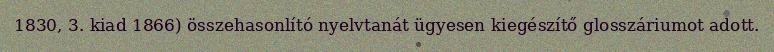
1830, 3. kiad 1866) összehasonlító nyelvtanát ügyesen kiegészítő glosszáriumot adott.